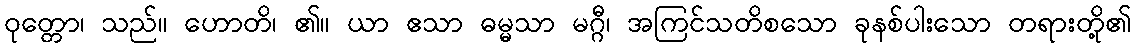
ဝုတ္တော၊ သည်။ ဟောတိ၊ ၏။ ယာ ဧသာ ဓမ္မသာ မဂ္ဂီ၊ အကြင်သတိစသော ခုနစ်ပါးသော တရားတို့၏